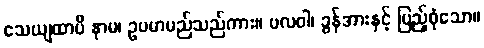
သေယျထာပိ နာမ၊ ဥပမာမည်သည်ကား။ ဗလဝါ၊ ခွန်အားနှင့် ပြည့်စုံသော။